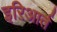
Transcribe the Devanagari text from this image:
इरिआर्त